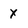
Character: X